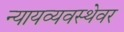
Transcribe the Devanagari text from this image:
न्यायव्यवस्थेवर